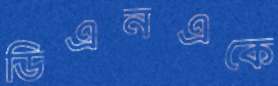
ডিএনএকে